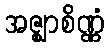
အဇ္ဈာစိဏ္ဏံ